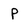
Character: P